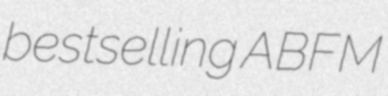
bestselling ABFM